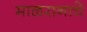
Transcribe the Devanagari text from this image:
माळरानाचे